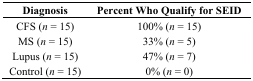
| Diagnosis | Percent Who Qualify for SEID |
 | --- | --- |
 | CFS (n = 15) | 100% (n = 15) |
 | MS (n = 15) | 33% (n = 5) |
 | Lupus (n = 15) | 47% (n = 7) |
 | Control (n = 15) | 0% (n = 0) |